Source: Computer-generated
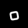
Digit: ၀ (0)